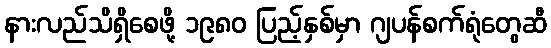
နားလည်သိရှိစေဖို့ ၁၉၈၀ ပြည့်နှစ်မှာ ဂျပန်စက်ရုံတွေဆီ